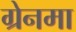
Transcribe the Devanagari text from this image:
ग्रेनमा